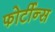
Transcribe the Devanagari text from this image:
फोर्टीन्स